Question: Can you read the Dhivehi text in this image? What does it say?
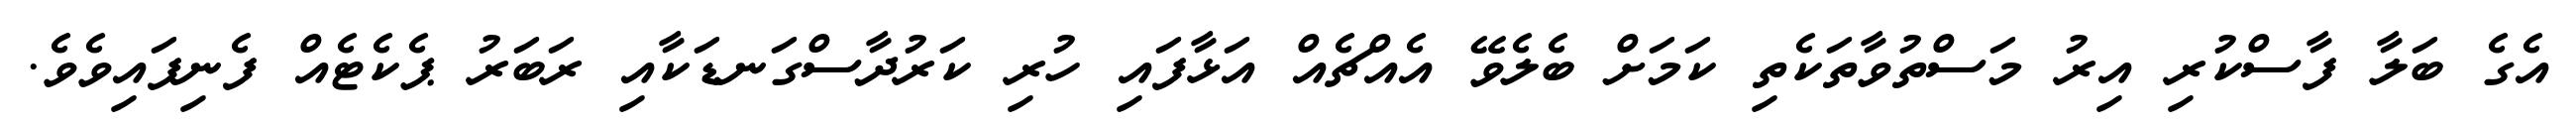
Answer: އެގެ ބަލާ ފާސްކުރި އިރު މަސްތުވާތަކެތި ކަމަށް ބެލެވޭ އެއްޗެއް އަޅާފައި ހުރި ކަރުދާސްގަނޑަކާއި ރަބަރު ޕެކެޓެއް ފެނިފައިވެވެ.